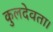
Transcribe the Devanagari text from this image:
कुलदेवता।